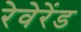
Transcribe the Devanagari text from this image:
रेवेरेंड